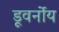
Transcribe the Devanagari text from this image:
डूवर्नोय